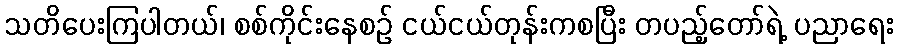
သတိပေးကြပါတယ်၊ စစ်ကိုင်းနေစဉ် ငယ်ငယ်တုန်းကစပြီး တပည့်တော်ရဲ့ ပညာရေး